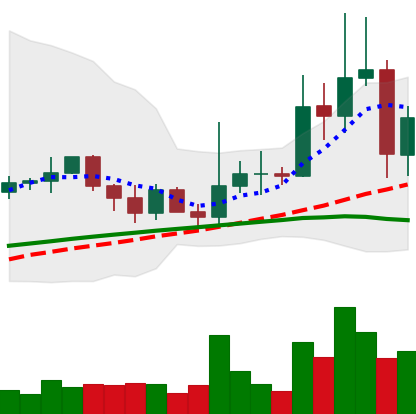
Ticker: XRP-USD
Chart end date: 2021-03-25
Forward return: 9.538%
Label: up_7plus